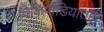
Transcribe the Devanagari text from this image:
विकिपीडियातही